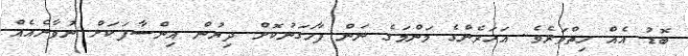
ބޮޑު އެއް ހިތްވަރެވެ. އަހަރެންގެ މަންމަގެ ނަން ފާހަގަނުކޮށް ދިޔުން އިންސާފަކަށް ނުވާނެއެއް